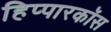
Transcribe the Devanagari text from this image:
हिप्पारकॉस